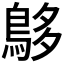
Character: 𪀓